Vaccination report Assam 1874-1896 - 1874-1896
Year: 1874
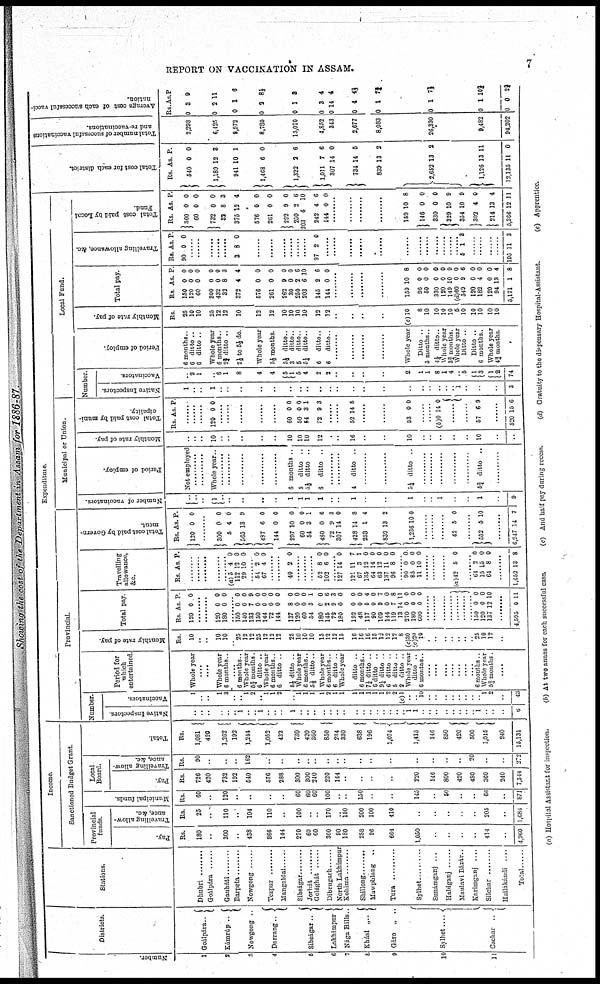
REPORT ON VACCINATION IN ASSAM.
7
Showing the cost of the Department in Assam for 1886-87.
Number.
1
2
3
4
5
6
7
8
9
10
12
Districts.
Goálpára..
Kámrúp
..
Nowgong ..
Darrang..
Si bságar . .
Lakhimpur
Nága Hills..
Khási „..
Gáro „ ..
Sylhet....
Cachar
Stations.
Dhubri .........
Goálpara .....
Gauháti
Barpeta
Nowgong
Tezpur ........
Mangaldai ........
Sibságar ........
Jorhát ........
Golághát ........
Dibrugarh .....
North Lakhimpur
Kohima ..........
Shillong ..........
Mawphlang ..
Tura ........
Sylhet ..........
Sunámganj ..
Habiganj
Mnulavi Bázár..
Karimganj ....
Silchar ........
Harlakandi
...
Total ........
Income.
Sanctioned Budget Grant.
Provincial
funds.
Pay.
Rs.
180
..
300
..
438
866
144
270
60
60
360
90
180
288
96
664
1,050
..
..
..
..
411
..
4,960
T ravelling allow-
ance, &c.
Rs
25
..
110
..
104
110
..
100
..
..
170
..
150
200
100
410
..
..
..
..
..
205
..
1,681
Municipal funds
Rs.
60
..
120
..
..
..
..
60
60
60
100
..
..
150
..
..
145
..
50
..
..
66
..
871
Local
Board.
Pay
Rs.
726
420
732
192
540
576
288
300
300
240
220
144
..
..
..
..
220
146
800
420
480
360
240
7,314
Travelling
allow-
ance,
&c
Rs
90
..
..
..
162
..
..
..
..
..
..
..
..
..
..
..
..
..
..
..
20
..
..
272
Total.
Rs.
1,081
420
1,262
192
1,244
1,052
432
730
420
360
850
234
330
633
196
1,074
1,415
146
850
420
500
1,015
240
15,131
Expenditure
Provincial
Number.
Native Inspectors
...
..
..
..
..
.. 1
..
.. 1
..
.. ..
1
..
..
..
..
..
..
..
..
..
..
..
..
..
..
.. 1
1
..
..
..
..
..
.. ..
..
1
..
.. ..
6
Vaccinators
1
..
..
1
3
..
.. 1
2
.. 1
1
2
..
1
1
1
1
2
1
1
1
1
1
1
1
2
2
(e)l
..
.. 10
..
..
....
..
..
..
..
.. 1
2
..
43
Period for
which
entertained.
Whole year
....
....
Whole year
6 months..
....
6 months..
Whole year
5¾ months
6 ditto ..
Whole year
6 months..
6 ditto ..
5½ ditto ..
Whole year
6 months..
5½ ditto.
Whole year
6 months..
6 ditto ..
Whole year
ditto ..
6 months..
7¼ ditto ..
6 ditto ..
9¼ ditto ..
6 ditto ..
5 ditto .
2 ditto .
Whole year
ditto ..
6 months..
....
....
....
....
....
....
....
6 months
Whole year
5½ months
....
Monthly rate of pay.
Rs
10
..
..
10
10
.. 25
12
12
25
12
12
12
25
10
10
10
15
12
12
15
16
16
16
15
12
12
12
8
(c)30
(c)20
10
..
..
..
.. ..
..
.. 25
10
12
..
Total pay
Rs
120
As
0
P
0
.......
......
120
180
0
0
0
0
........ 150
140
133
150
144
72
144
137
120
60
54
180
145
72
180
192
43
117
90
109
144
119
13
270
180
600
0
0
7
0
0
0
0
8
0
0
3
0 2
9
0
0
0
5
0
9
0
7
14
0
0
0
0
0
9
0
0
0
0
0
0
0
1
0
6
3
0
0
0
4
0
7
0
8
11
0
0
0
........
........
........
........
........
........
........
150
120
137
0
0
12
0
0
10
........
4,595 0 11
Travelling
allowance,
&c.
Rs As P.
........
........
........
........
(a) 5
112
29
4
12
10
0
0
0
........
54
67
2
4
0
0
........ ........
40 2 0
........
........
........
52
102
8
6
0
0
........ 127
121
67
135
64
63
137
96
14
11
3
12
14
12
11
8
0
7
1
0
0
0
0
0
........ 90
85
11
0
0
10
0
0 0
........
........
........
(a)42 5 0
........ 61
15
64
2
15
8
0
0
0
........
1,652 13 8
Total cost paid by Govern-
ment.
Rs.
120
As.
0
P.
0
......
300
5
565
487
144
297
60
54
480
72
307
428
253
839
l,236
0
4
13
6
0
10
0
3
0
9
14
11
1
13
10
0
0
9
0
0
0
0
1
6
3
0
8
4
2
0
........
........
........
42 5 0
552 5 10
........
6,217 14 7
Municipal or Union.
Number of vaccinators.
...
..
..
1
..
..
..
..
..
1
1
1
1
..
..
1
..
..
1
.. ..
1
..
..
1
........
9
Period of employ.
Not employed
Whole year..
.........
6 months
5
ditto ..
5½ ditto ..
6
ditto ..
........
........
4
ditto ..
........
........
5¼ ditto .
........
........
..........
.........
5¾ ditto ..
........
Monthly rate of pay.
...
..
..
10
..
..
..
..
..
10
10
10
12
........
........
16
..
..
10
..
..
..
..
..
10
..
..
Total cost paid by muni-
cipality
Rs. As P
......
......
......
120 0 0
........
......
........
........
60
50
54
72
0
0
3
9
0
0
1
3
......
52 14 5
........
........
53 0 0
........
........
(b)0 14 0
........
57 6 9
........
520 15 6
Local Fund.
Number.
Native Inspectors.
1
..
..
1
..
..
..
........
..
..
..
..
..
..
..
..
..
..
..
..
..
..
..
.. 1
..
..
..
3
Vaccinators.
..
2
1
..
6
1
8
4
4
5
1
5
4
2
2
..
..
..
..
2
1
1
8
1
4
.. 5
1
3
1
2
74
Period of employ.
6 months..
6 ditto ..
6 ditto .
Whole year
6 months.
2¼ ditto ..
2½ to 5½ do.
Whole year
5½ months.
5½ ditto..
3
ditto..
5
ditto..
5¼ ditto..
6
ditto..
6
ditto..
........
........
Whole year
Ditto ..
5 months..
4¼ ditto..
Whole year
3¾ months.
Whole year
Ditto ..
Ditto ..
6 months..
Whole year
4¾ months
Monthly rate of pay.
Rs.
25
10
10
25
12
12
10
12
12
10
10
10
10
12
12
..
..
..
..
(c)10
8
10
10
10
10
5
10
10
10
10
10
Total pay.
Rs.
150
120
60
800
432
33
372
576
261
262
30
250
203
145
144
As.
0
0
0
0
0
8
4
0
0
9
0
2
6
2
0
.P
0
0
0
0
0
3
4
0
0
0
0
6
10
6
0
........
........
........
........
159
96
50
330
120
149
(d)60
349
120
182
120
94
5,171
10
0
0
0
0
10
0
9
0
4
0
13
1
8
0
0
0
0
9
0
6
0
0
0
4
8
Travelling allowance, &c
Rs.
90
As.
0
P.
0
........
........
........
........
........
3 8 0
......
........
........
97 2 0
........
........
........
........
........
........
........
......
........
........
........
5 1 8
........
........
........
........
195 11 3
Total cost paid by Local
Fund.
Rs.
360
60
732
32
375
576
261
292
250
203
242
144
As
0
0
0
8
12
0
0
9
2
6
4
0
P.
0
0
0
3
4
0
0
0
6
10
6
0
........
........
........
159
146
830
329
354
302
214
5,366
10
0
0
10
10
4
13
12
8
0
0
9
9
0
4
11
Total cost for each district.
Rs.
540
1,189
941
1,468
1,322
1,011
307
734
839
2,652
1,126
12,135
As.
0
12
10
6
2
7
14
14
13
13
13
11
P.
0
8
1
0
6
6
0
5
2
2
11
0
Total number of successful vaccinations
and re-vaccinations.
2,293
6,425
9,972
8,780
15,010
4,852
343
2,677
8,083
26,330
9,482
94,202
Average cost of each successful vacci-
nation.
Rs.
0
0
0
0
0
0
0
0
0
0
0
0
As.
3
2
1
3
1
3
11
4
1
1
1
0
P.
9
11
6
81/3
3
4
4
4 2/3
7¾
7½
10¾
2¾
(a) Hospital Assistant for inspection,
(b) At two annas for each successful case.
(c) And half pay during recess.
(d) Gratuity to the dispensary Hospital-Assistant.
(e) Apprentice.